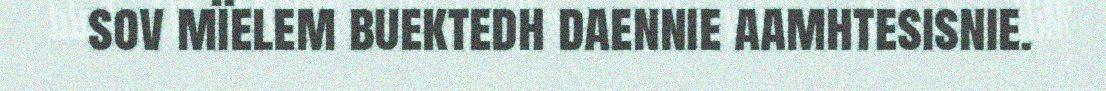
sov mïelem buektedh daennie aamhtesisnie.